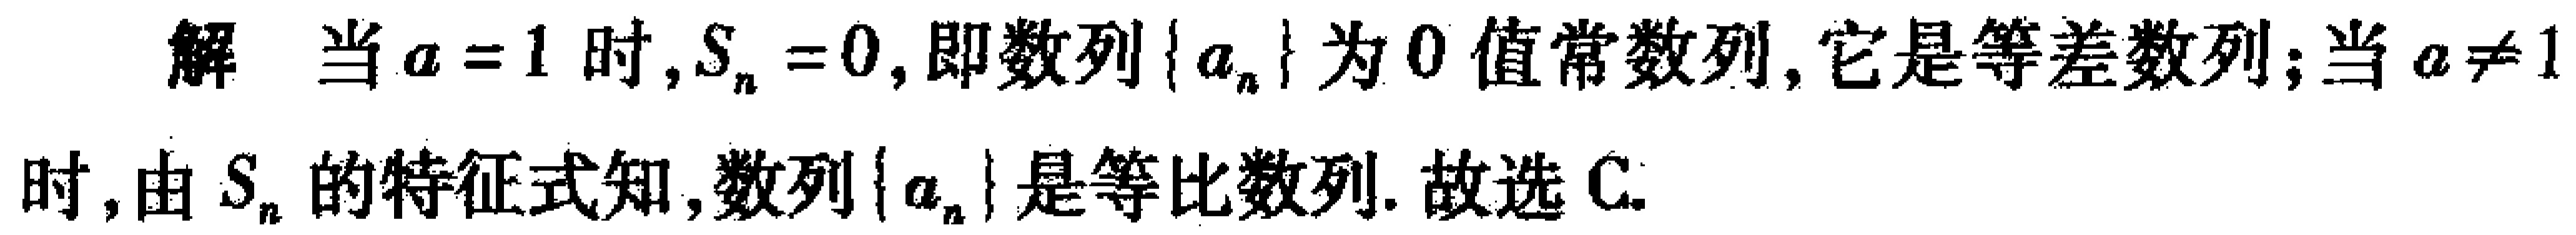
解 当\(a = 1\)时,\(S_{n}=0\),即数列\(\{ a_{n}\}\)为\(0\)值常数列, 它是等差数列;当\(a\neq1\)时,由\(S_{n}\)的特征式知,数列\(\{ a_{n}\}\)是等比数列. 故选 C.